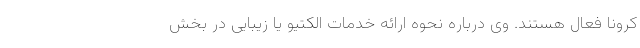
کرونا فعال هستند. وی درباره نحوه ارائه خدمات الکتیو یا زیبایی در بخش